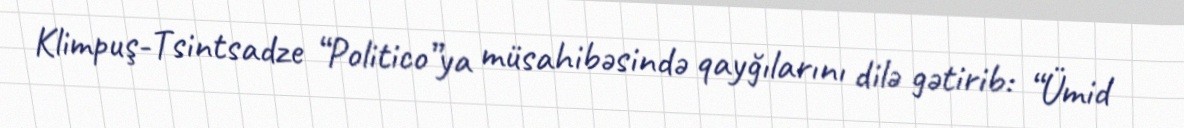
Klimpuş-Tsintsadze “Politico”ya müsahibəsində qayğılarını dilə gətirib: “Ümid